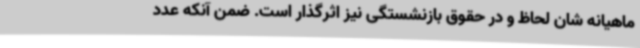
ماهیانه شان لحاظ و در حقوق بازنشستگی نیز اثرگذار است. ضمن آنکه عدد